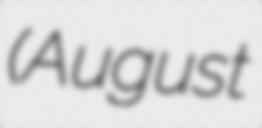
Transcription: (August